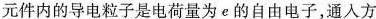
元件内的导电粒子是电荷量为e的自由电子，通入方